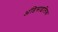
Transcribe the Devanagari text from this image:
अंडिसाइलिक